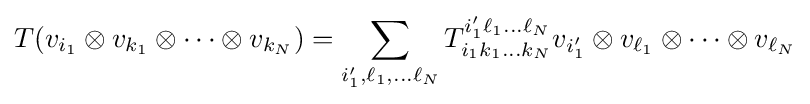
T(v_{i_{1}}\otimes v_{k_{1}}\otimes \cdots \otimes v_{k_{N}})=\sum _{i'_{1},\ell _{1},\dots \ell _{N}}T_{i_{1}k_{1}\dots k_{N}}^{i'_{1}\ell _{1}\dots \ell _{N}}v_{i'_{1}}\otimes v_{\ell _{1}}\otimes \cdots \otimes v_{\ell _{N}}